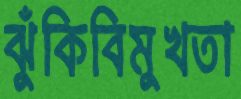
ঝুঁকিবিমুখতা